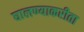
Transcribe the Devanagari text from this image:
घालण्याकरीता